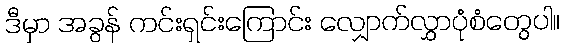
ဒီမှာ အခွန် ကင်းရှင်းကြောင်း လျှောက်လွှာပုံစံတွေပါ။